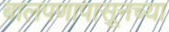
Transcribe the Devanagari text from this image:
बालपणापासूनच्या